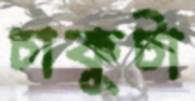
চাকুটা